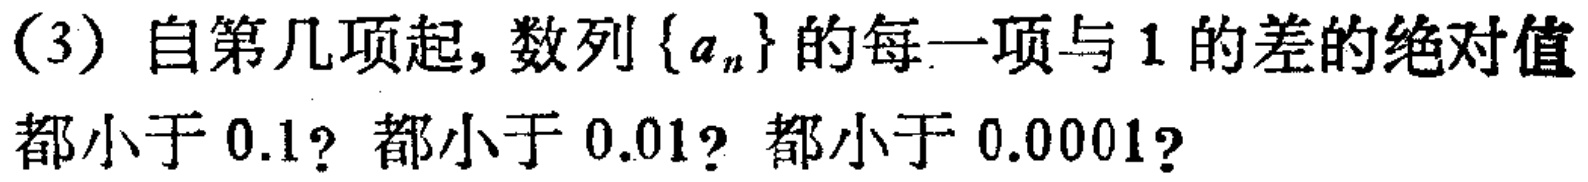
(3) 自第几项起, 数列\(\{ a_{n}\}\)的每一项与 \(1\) 的差的绝对值都小于 \(0.1\)? 都小于 \(0.01\)? 都小于 \(0.0001\)?